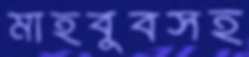
মাহবুবসহ